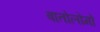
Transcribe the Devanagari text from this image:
बातोलोमो